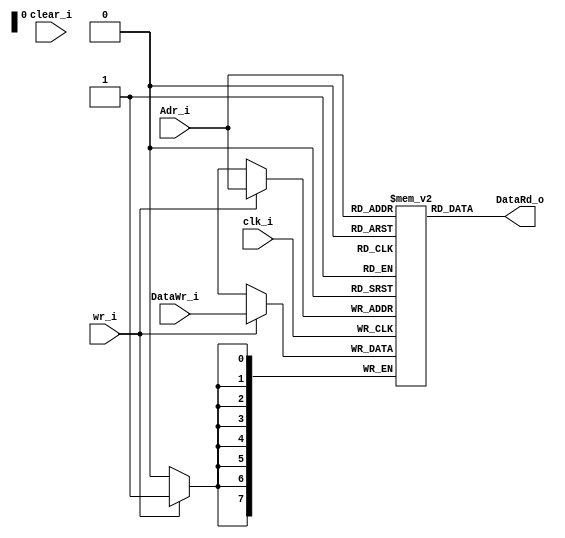
module Memory #(
    parameter WORD = 8,
              SIZE = 256
)(
    clk_i,
    wr_i,
    clear_i,
    Adr_i,
    DataWr_i,
    DataRd_o
);

    localparam ADR_SIZE = $clog2(SIZE);
    input clk_i, wr_i, clear_i;
    input [WORD-1:0] DataWr_i;
    input [ADR_SIZE-1:0] Adr_i;
    output [WORD-1:0] DataRd_o;

    reg [WORD-1:0] mem_m [0:SIZE-1];

    // integer i;
    always @(posedge clk_i) begin
        if (clear_i) begin
            /* for (i = 0; i < SIZE; i = i + 1) begin
                mem_m[i] = {WORD{ 1'b0 }};
            end */
        end
        if (wr_i) begin
            mem_m[Adr_i] <= DataWr_i;
        end
    end

    assign DataRd_o = mem_m[Adr_i];

    
endmodule